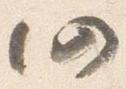
仍